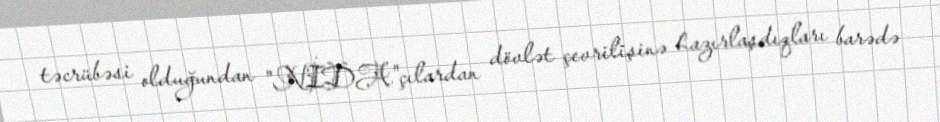
təcrübəsi olduğundan "NİDA"çılardan dövlət çevrilişinə hazırlaşdıqları barədə